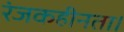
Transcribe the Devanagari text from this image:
रंजकहीनता।